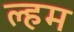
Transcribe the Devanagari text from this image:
ल्हम